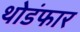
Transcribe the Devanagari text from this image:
थोडंफार